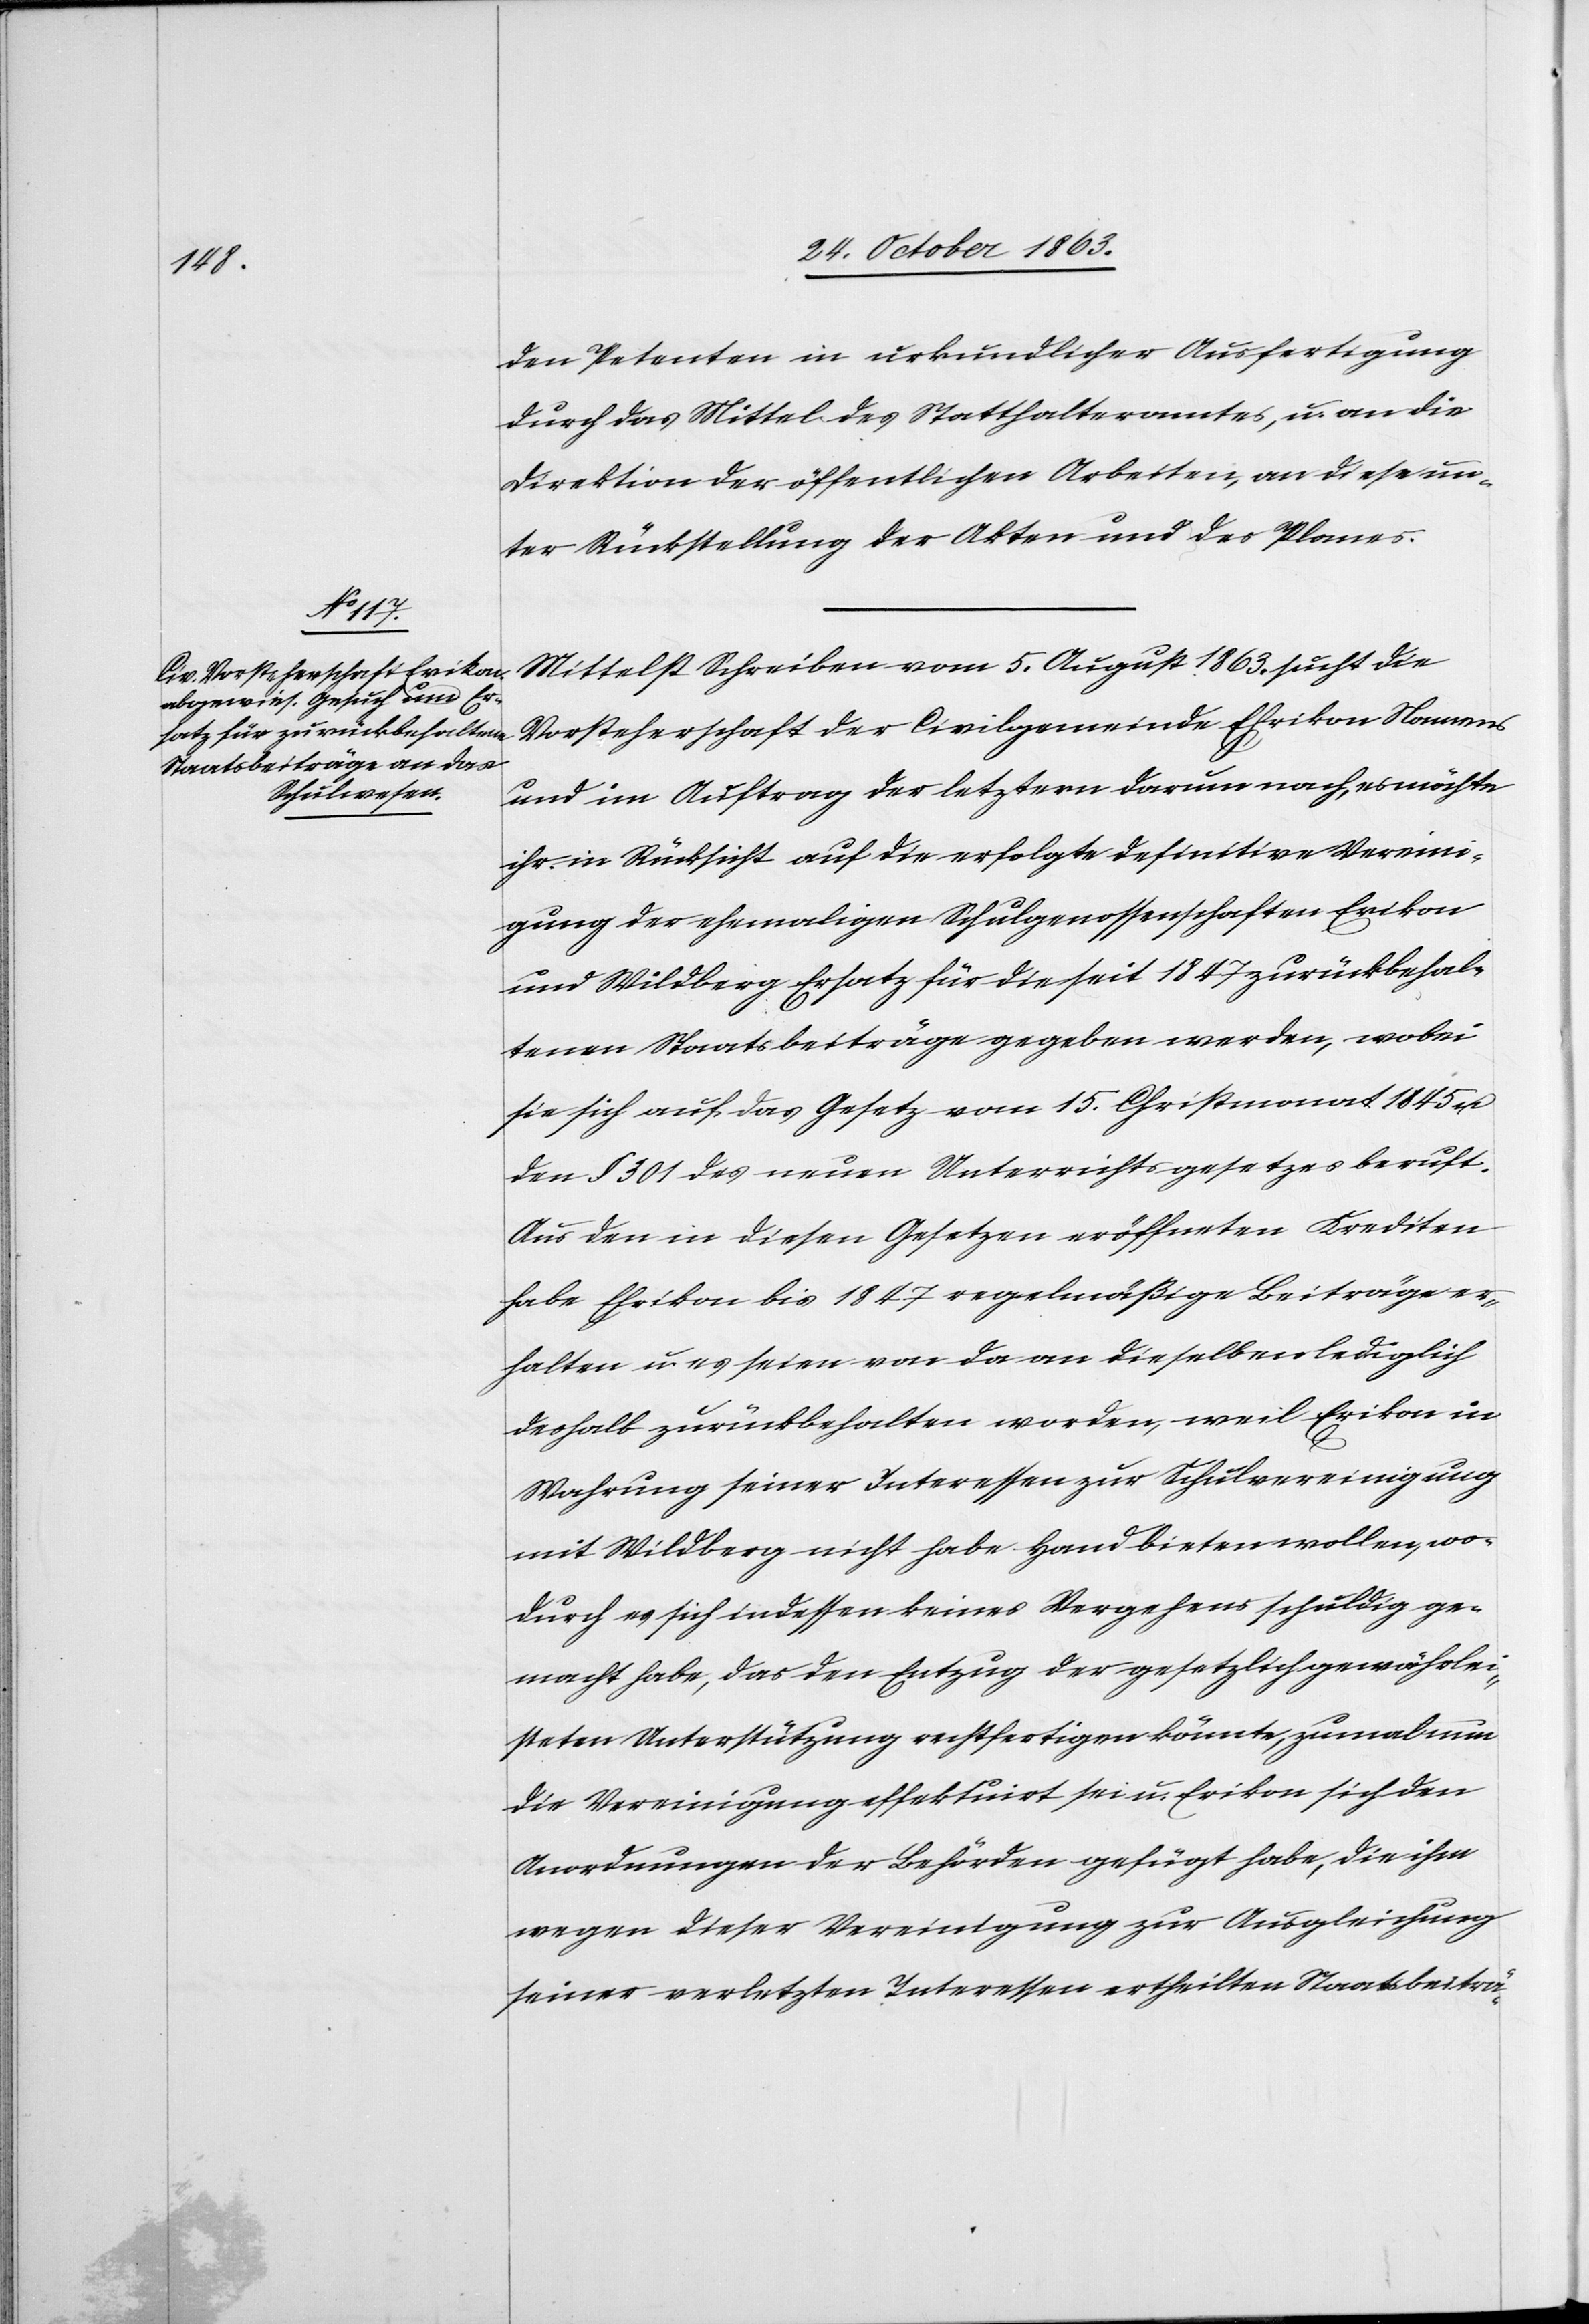
den Petenten in urkundlicher Ausfertigung
durch das Mittel des Statthalteramtes, u. an die
Direktion der öffentlichen Arbeiten, an diese un¬
ter Rückstellung der Akten und des Planes.
Mittelst Schreiben vom 5. August 1863 sucht die
Vorsteherschaft der Civilgemeinde Ehrikon
und im Auftrag der letztern darum nach, es möchte
ihr in Rücksicht auf die erfolgte definitive Vereini¬
gung der ehemaligen Schulgenossenschaften Erikon
und Wildberg Ersatz für die seit 1847 zurückbehal¬
tenen Staatsbeiträge gegeben werden, wobei
sie sich auf das Gesetz vom 15. Christmonat 1845 u.
den § 301 des neuen Unterrichtsgesetzes beruft.
Auf den in diesen Gesetzen eröffneten Krediten
habe Ehrikon bis 1847 regelmäßige Beiträge er¬
halten u. es seien von da an dieselben lediglich
deshalb zurückbehalten worden, weil Erikon in
Wahrung seiner Interessen zur Schulvereinigung
mit Wildberg nicht habe Hand bieten wollen, wo¬
durch es sich indessen keines Vergehens schuldig ge¬
macht habe, das den Entzug der gesetzlich gewährlei¬
steten Unterstützung rechtfertigen könnte, zumal nun
die Vereinigung effektuirt sei u. Erikon sich den
Anordnungen der Behörden gefügt habe, die ihm
wegen dieser Vereinigung zur Ausgleichung
seiner verletzten Interessen ertheilten Staatsbeiträ-